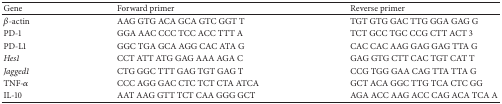
<table><thead><tr><td><b>Gene</b></td><td><b>Forward primer</b></td><td><b>Reverse primer</b></td></tr></thead><tbody><tr><td><i>β</i>-actin</td><td>AAG GTG ACA GCA GTC GGT T</td><td>TGT GTG GAC TTG GGA GAG G</td></tr><tr><td>PD-1</td><td>GGA AAC CCC TCC ACC TTT A</td><td>TCT GCC TGC CCG CTT ACT 3</td></tr><tr><td>PD-L1</td><td>GGC TGA GCA AGG CAC ATA G</td><td>CAC CAC AAG GAG GAG TTA G</td></tr><tr><td><i>Hes1 </i></td><td>CCT ATT ATG GAG AAA AGA C</td><td>GAG GTG CTT CAC TGT CAT T</td></tr><tr><td><i>Jagged1 </i></td><td>CTG GGC TTT GAG TGT GAG T</td><td>CCG TGG GAA CAG TTA TTA G</td></tr><tr><td>TNF-<i>α</i></td><td>CCC AGG GAC CTC TCT CTA ATCA</td><td>GCT ACA GGC TTG TCA CTC GG</td></tr><tr><td>IL-10</td><td>AAT AAG GTT TCT CAA GGG GCT</td><td>AGA ACC AAG ACC CAG ACA TCA A</td></tr></tbody></table>